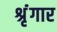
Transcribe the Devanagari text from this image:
श्रृंंगार